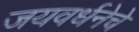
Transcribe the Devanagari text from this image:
जयवर्धनेचे